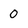
Character: 0